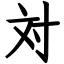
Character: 対